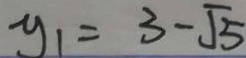
y _ { 1 } = 3 - \sqrt { 5 }